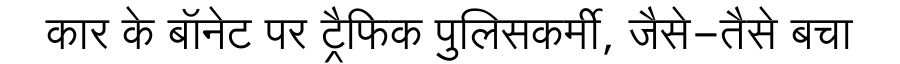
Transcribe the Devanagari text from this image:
कार के बॉनेट पर ट्रैफिक पुलिसकर्मी, जैसे-तैसे बचा